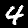
Label: 4